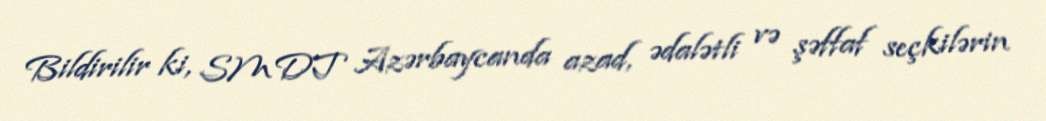
Bildirilir ki, SMDT Azərbaycanda azad, ədalətli və şəffaf seçkilərin